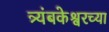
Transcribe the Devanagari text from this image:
त्र्यंबकेश्वरच्या